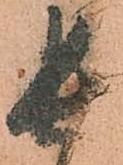
長